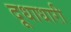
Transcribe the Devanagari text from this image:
दूधाधारी